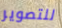
للتصوير